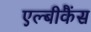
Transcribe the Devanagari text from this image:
एल्बीकैंस